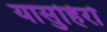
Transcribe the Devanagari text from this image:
यासुहिरो